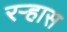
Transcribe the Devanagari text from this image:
रऱ्हास